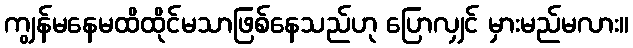
ကျွန်မနေမထိထိုင်မသာဖြစ်နေသည်ဟု ပြောလျှင် မှားမည်မလား။